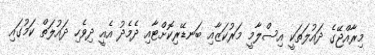
މިރާއްޖޭގެ ދައުލަތަކީ އިސްލާމީ މަރުކަޒާއި ބަނޑޭރިކޮށްޓާއި ދެމެދު އެއީ ދިވެހި ދައުލަތް ކަމުގައި